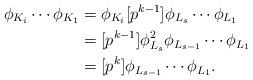
LaTeX: \begin{align*}\phi_{K_i}\cdots \phi_{K_1} & = \phi_{K_i}[p^{k-1}]\phi_{L_s}\cdots\phi_{L_1} \\& = [p^{k-1}]\phi_{L_s}^2\phi_{L_{s-1}}\cdots \phi_{L_1} \\& = [p^{k}]\phi_{L_{s-1}}\cdots \phi_{L_1}.\end{align*}